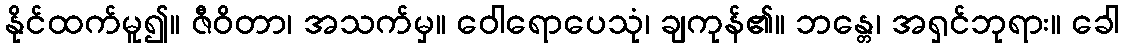
နိုင်ထက်မူ၍။ ဇီဝိတာ၊ အသက်မှ။ ဝေါရောပေသုံ၊ ချကုန်၏။ ဘန္တေ၊ အရှင်ဘုရား။ ခေါ